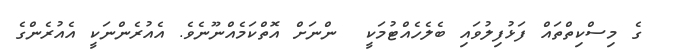
ގެ މިސްކިތްތައް ފަޅުފިލުވައި ބެލެހެއްޓުމަކީ  ންނަށް އޮތްކަމެއްނޫނެވެ. އެއުރެންނަކީ އެއުރެންގެ